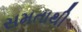
સમતાથી